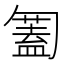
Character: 𠤅